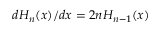
d H _ { n } ( x ) / d x = 2 n H _ { n - 1 } ( x )